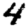
Digit: 4